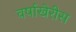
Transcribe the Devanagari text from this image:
वर्षाखेरीस